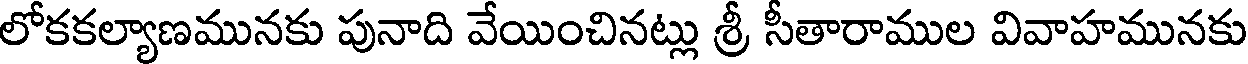
లోకకల్యాణమునకు పునాది వేయించినట్లు శ్రీ సీతారాముల వివాహమునకు